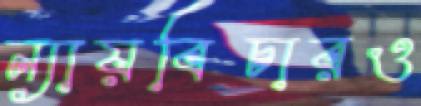
ন্যায়বিচারও